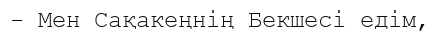
- Мен Сақакеңнің Бекшесі едім,